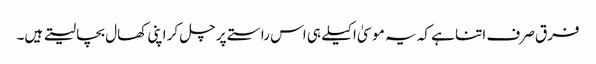
فرق صرف اتنا ہے کہ یہ موسیٰ اکیلے ہی اس راستے پر چل کر اپنی کھال بچا لیتے ہیں۔